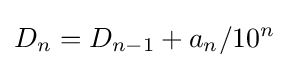
D_{n}=D_{n-1}+a_{n}/10^{n}